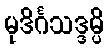
မုဒိင်္ဂသဒ္ဒမ္ပိ